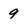
Character: 9